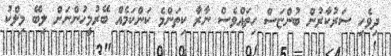
ދިވެހި ސަރުކާރުން ބުންޏަސް ހިތައްވެސް ނާރާ ކިތަންމެ ކަންކަމެއް ބޭރުމީހުންނަށް ލިބޭ މިލްކު